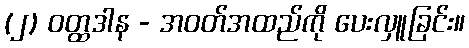
(၂) ဝတ္ထဒါန - အဝတ်အထည်ကို ပေးလှူခြင်း။